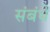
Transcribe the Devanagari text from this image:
संबंधें